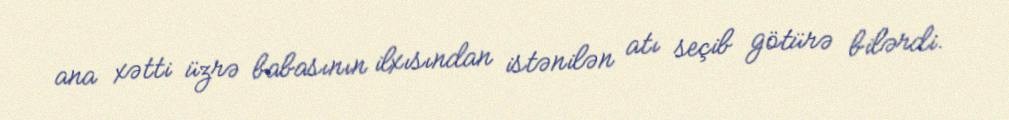
ana xətti üzrə babasının ilxısından istənilən atı seçib götürə bilərdi.